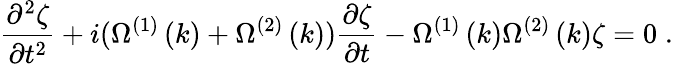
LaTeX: \frac{\partial^{2}\zeta}{\partial t^{2}}+i(\Omega^{\left(1\right)}\left(k\right)+\Omega^{\left(2\right)}\left(k\right))\frac{\partial\zeta}{\partial t}-\Omega^{\left(1\right)}\left(k\right)\Omega^{\left(2\right)}\left(k\right)\zeta=0\; .